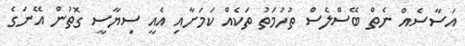
އަސާސެއް ނެތް ބޭސްލެސް ތުހުމަތު ތަކެއް ކަމަށާއި އެއީ ސިޔާސީ ގޮތުން އޭނަގެ